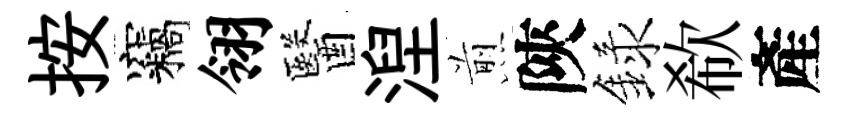
按竊翎醫湼煎陝録欷產